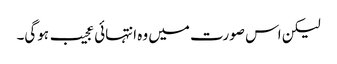
لیکن اس صورت میں وہ انتہائی عجیب ہوگی۔